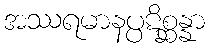
အဿရမာနပ္ပဋိစ္ဆန္နာ